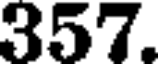
357.